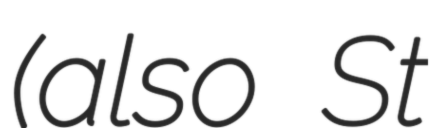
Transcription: (also St